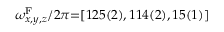
\omega _ { x , y , z } ^ { \mathrm { F } } / 2 \pi { = } [ 1 2 5 ( 2 ) , 1 1 4 ( 2 ) , 1 5 ( 1 ) ]